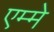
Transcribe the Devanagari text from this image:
एम्मे